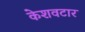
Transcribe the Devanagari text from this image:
केशवटार